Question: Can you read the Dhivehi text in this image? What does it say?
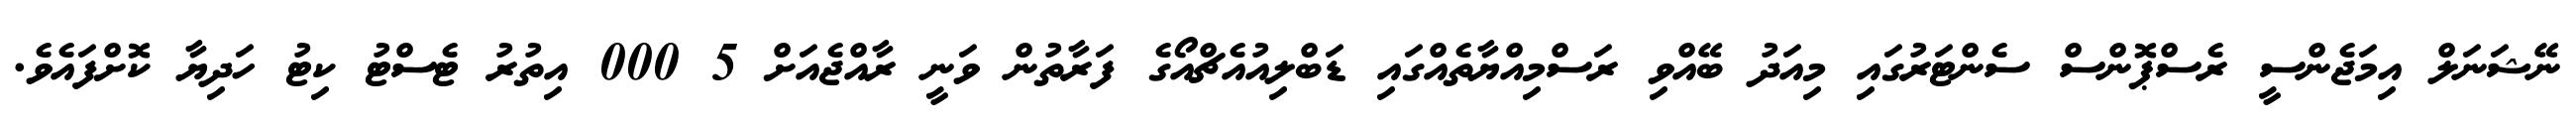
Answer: ނޭޝަނަލް އިމަޖެންސީ ރެސްޕޮންސް ސެންޓަރުގައި މިއަދު ބޭއްވި ރަސްމިއްޔާތެއްގައި ޑަބްލިއުއެޗްއޯގެ ފަރާތުން ވަނީ ރާއްޖެއަށް 5 000 އިތުރު ޓެސްޓު ކިޓު ހަދިޔާ ކޮށްފައެވެ.